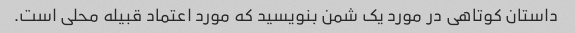
داستان کوتاهی در مورد یک شمن بنویسید که مورد اعتماد قبیله محلی است.